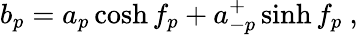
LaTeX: b_{p}=a_{p}\cosh f_{p}+a_{-p}^{+}\sinh f_{p}~,